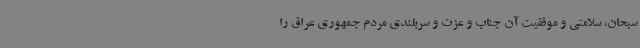
سبحان، سلامتی و موفقیت آن جناب و عزت و سربلندی مردم جمهوری عراق را